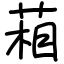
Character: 葙